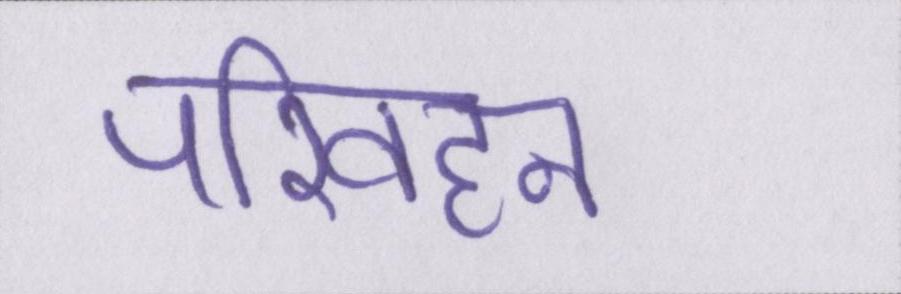
परिवहन